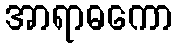
အာရာဓကော